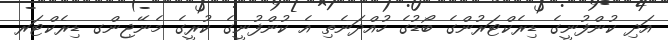
އަދި ކުންފުނީގެ ޑިރެކްޓަރުންގެ ބޯޑުގެ ހުއްދަނެތި އެ ކުންފުނީގެ ކުރީގެ މެނޭޖިންގ ޑިރެކްޓަރ